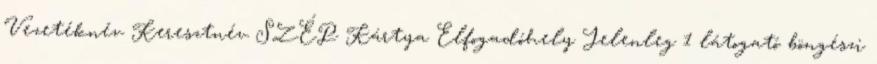
Vezetéknév Keresztnév SZÉP Kártya Elfogadóhely Jelenleg 1 látogató böngészi